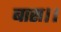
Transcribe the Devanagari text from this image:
बास।।